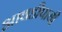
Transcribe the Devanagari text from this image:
आवडीपायी